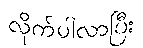
လိုက်ပါလာပြီး